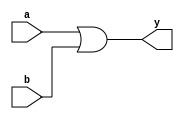
module orgate(a,b,y);
input a,b;
output y;
or(y,a,b);
endmodule